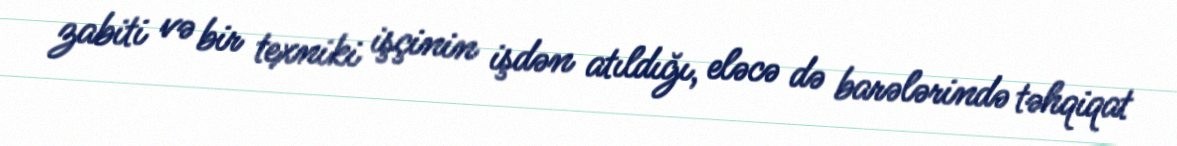
zabiti və bir texniki işçinin işdən atıldığı, eləcə də barələrində təhqiqat